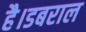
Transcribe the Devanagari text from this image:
है।डबराल